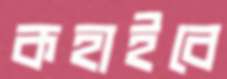
কহাইবে